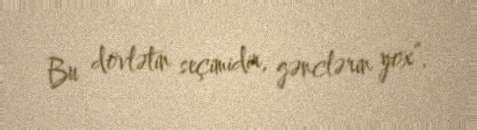
Bu dövlətin seçimidir, gənclərin yox”.